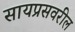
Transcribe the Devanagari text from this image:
सायप्रसवरील